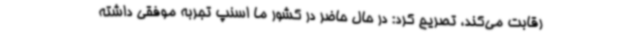
رقابت می‌کند، تصریح کرد: در حال حاضر در کشور ما اسنپ تجربه موفقی داشته